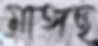
মাঙ্গছ